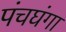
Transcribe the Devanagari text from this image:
पंचघंगा